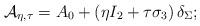
LaTeX: \begin{align*} \mathcal{A}_{\eta , \tau} = A_0 + \left( \eta I_2 + \tau \sigma_3 \right) \delta_{\Sigma};\end{align*}